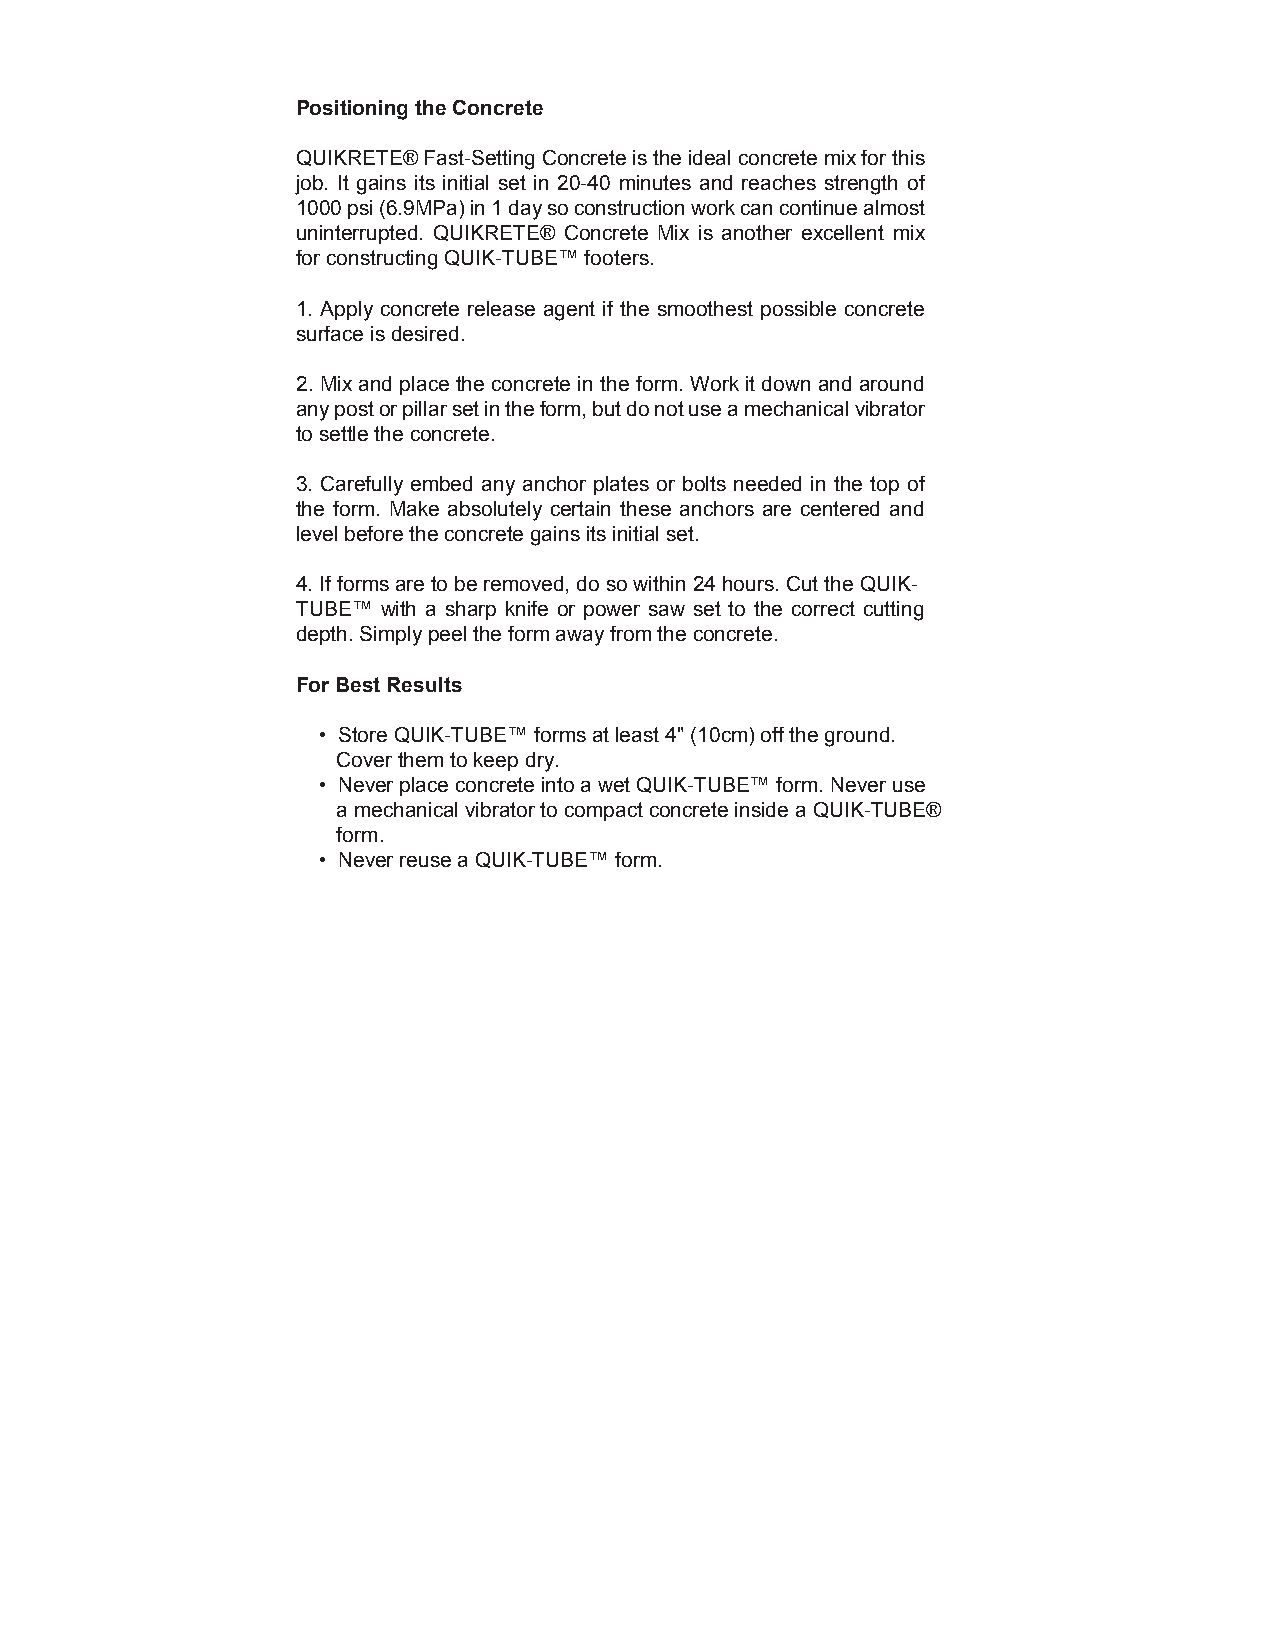
Positioning the Concrete
 QUIKRETE® Fast-Setting Concrete is the ideal concrete mix for this
 job. It gains its initial set in 20-40 minutes and reaches strength of
 1000 psi (6.9MPa) in 1 day so construction work can continue almost
 uninterrupted. QUIKRETE® Concrete Mix is another excellent mix
 for constructing QUIK-TUBE™ footers.
 1. Apply concrete release agent if the smoothest possible concrete
 surface is desired.
 2. Mix and place the concrete in the form. Work it down and around
 any post or pillar set in the form, but do not use a mechanical vibrator
 to settle the concrete.
 3. Carefully embed any anchor plates or bolts needed in the top of
 the form. Make absolutely certain these anchors are centered and
 level before the concrete gains its initial set.
 4. If forms are to be removed, do so within 24 hours. Cut the QUIK-
 TUBE™ with a sharp knife or power saw set to the correct cutting
 depth. Simply peel the form away from the concrete.
 For Best Results
 • Store QUIK-TUBE™ forms at least 4" (10cm) off the ground.
 Cover them to keep dry.
 • Never place concrete into a wet QUIK-TUBE™ form. Never use
 a mechanical vibrator to compact concrete inside a QUIK-TUBE®
 form.
 • Never reuse a QUIK-TUBE™ form.